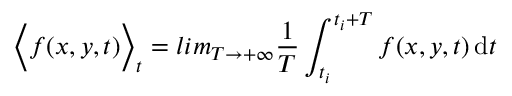
\Big \langle f ( x , y , t ) \Big \rangle _ { t } = l i m _ { T \rightarrow + \infty } \frac { 1 } { T } \int _ { t _ { i } } ^ { t _ { i } + T } f ( x , y , t ) \mathop { } \! \mathrm { d } t